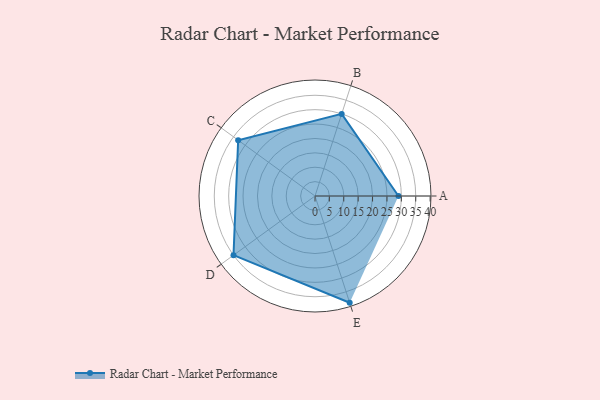
{"axis": {"x": "Skill", "y": "Score"}, "legend": ["Profile"], "data": [{"x": "A", "y": 29.0, "type": "Profile"}, {"x": "B", "y": 30.0, "type": "Profile"}, {"x": "C", "y": 33.0, "type": "Profile"}, {"x": "D", "y": 35.0, "type": "Profile"}, {"x": "E", "y": 39.0, "type": "Profile"}]}